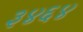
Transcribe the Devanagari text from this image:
३४६४